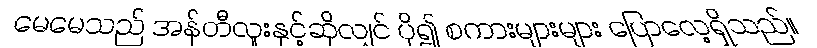
မေမေသည် အန်တီလူးနှင့်ဆိုလျှင် ပို၍ စကားများများ ပြောလေ့ရှိသည်။